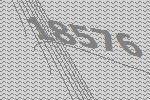
18576